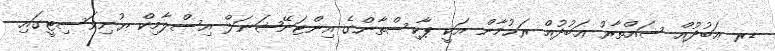
ޑރ ޢަބުދުއް ސައްތާރު ޢަބުދުއް ރަޙުމާން އަކީ ޕާކިސްތާންގެ އިންޓަނޭޝަނަލް އިސްލާމިކް ޔުނިވަސިޓީގައި